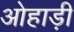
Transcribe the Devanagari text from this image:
ओहाड़ी